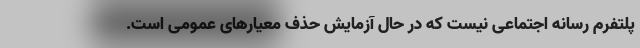
پلتفرم رسانه اجتماعی نیست که در حال آزمایش حذف معیارهای عمومی است.